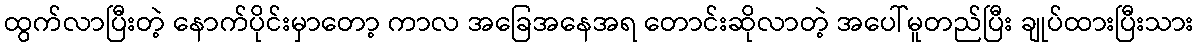
ထွက်လာပြီးတဲ့ နောက်ပိုင်းမှာတော့ ကာလ အခြေအနေအရ တောင်းဆိုလာတဲ့ အပေါ်မူတည်ပြီး ချုပ်ထားပြီးသား